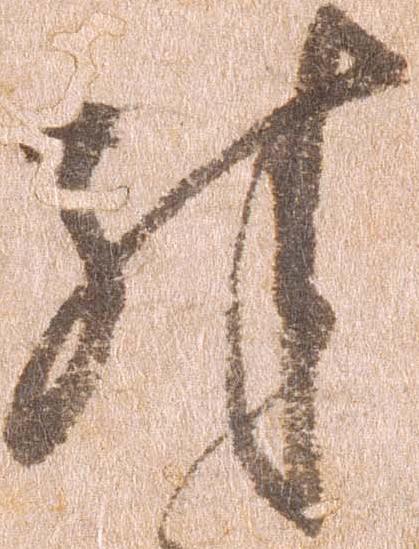
殊